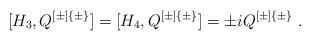
LaTeX: \begin{align*} [H_3, Q^{[\pm]\{\pm\}}] = [H_4, Q^{[\pm]\{\pm\}}] = \pm i Q^{[\pm]\{\pm\}}\;.\end{align*}